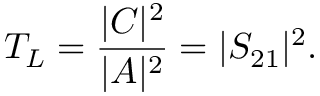
T _ { L } = { \frac { | C | ^ { 2 } } { | A | ^ { 2 } } } = | S _ { 2 1 } | ^ { 2 } .